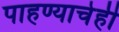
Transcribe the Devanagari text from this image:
पाहण्याचेही